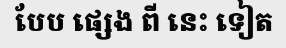
បែប ផ្សេង ពី នេះ ទៀត